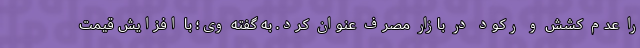
را عدم کشش و رکود در بازار مصرف عنوان کرد. به گفته وی؛ با افزایش قیمت